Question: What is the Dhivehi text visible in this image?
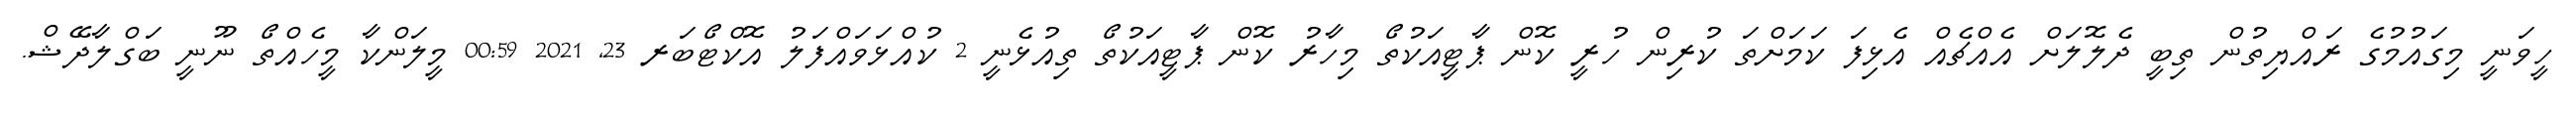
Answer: ހީވަނީ މިގައުމުގެ ރައްޔިތުން ތިބީ ދެލޮލަށް އެއްޗެއް އެޅިފަ ކަމަށްތަ ކުރިން ހުރީ ކޮން ޕާޓީއަކުތޯ މިހާރު ކޮން ޕާޓީއަކުތޯ ތިއުޅެނީ 2 ކުއްޅަވައްފަލު އޮކްޓޯބަރ 23, 2021 00:59 މީލަންކާ މީހެއްތޯ ނޫނީ ބަގްލާދޭޝް.